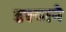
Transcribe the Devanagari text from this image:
दृश्याने